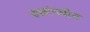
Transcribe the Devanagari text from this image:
रुळांमधील